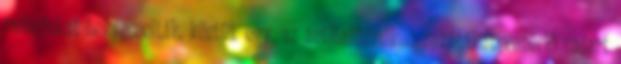
radarjukat bekapcsolták, köztük egy, az antiballisztikus rakétákat vezérlő radart